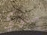
سلوكي